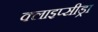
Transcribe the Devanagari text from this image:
क्लाइप्सीड्रा